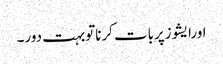
اورایشوزپربات کرناتوبہت دور۔